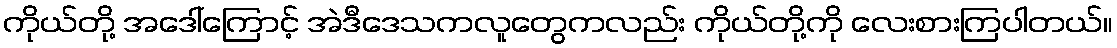
ကိုယ်တို့ အဒေါ်ကြောင့် အဲဒီဒေသကလူတွေကလည်း ကိုယ်တို့ကို လေးစားကြပါတယ်။